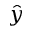
\hat { y }